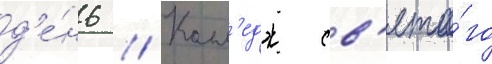
д'е́нь // Колл'едж св'ято́го